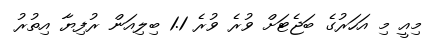
މިއީ މި އަހަރުގެ ބަޖެޓަށް ވުރެ ވުރެ 1.1 ބިލިއަން ރުފިޔާ އިތުރު